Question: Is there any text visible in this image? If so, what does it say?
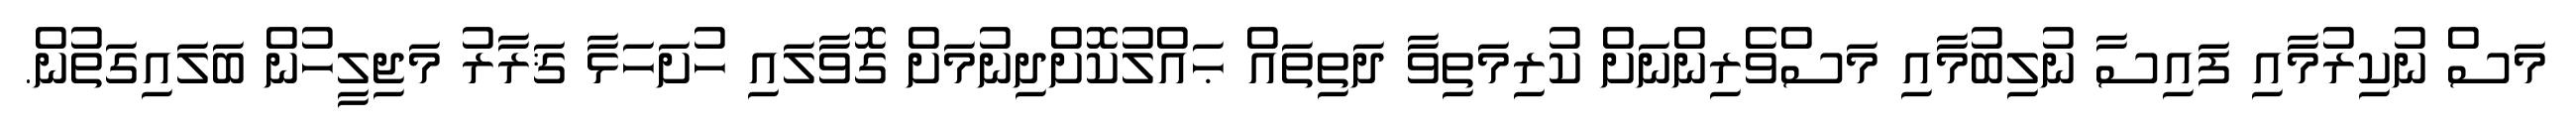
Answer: މަސް ނުކިރުމާއި ފައިސާ ނުލިބުމާއި މަސްވެރިންނަށް ކުރިމަތިވާ ދަތިތައް ޙައްލުކޮށްދިނުމަށް ގޮވާލައި ހުށަހަޅާ ޤަރާރު މަޖިލީހުން ބަލައިގަތުން.